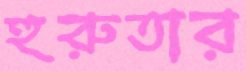
হুরুতার